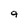
Character: 9